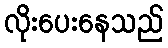
လိုးပေးနေသည်